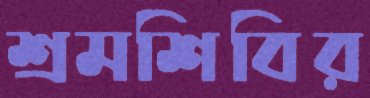
শ্রমশিবির